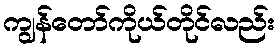
ကျွန်တော်ကိုယ်တိုင်လည်း